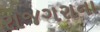
રાજગરાના